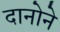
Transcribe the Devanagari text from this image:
दानोने